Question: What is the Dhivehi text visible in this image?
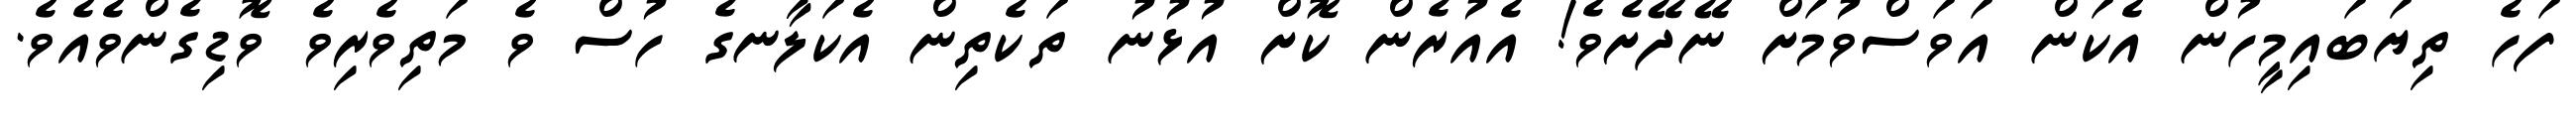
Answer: ފަހެ ތިޔަބައިމީހުން އެކަން އަވަސްވުމަށް ނޭދޭށެވެ! އެއުރެން ކޮށް އުޅުނު ތަކެތިން އެކަލާނގެ ހުސް ވެ މަތިވެރިވެ ވޮޑިގެންވެއެވެ.